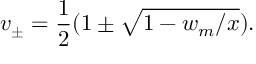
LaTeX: v _ { \pm } = \frac { 1 } { 2 } ( 1 \pm \sqrt { 1 - w _ { m } / x } ) .